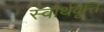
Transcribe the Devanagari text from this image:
स्वार्थवृत्ति